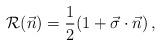
LaTeX: \begin{align*}{\cal R}(\vec{n}) = {1\over 2}(1 + \vec{\sigma}\cdot\vec{n})\,,\end{align*}